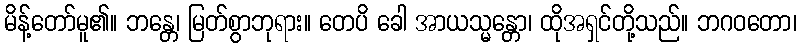
မိန့်တော်မူ၏။ ဘန္တေ၊ မြတ်စွာဘုရား။ တေပိ ခေါ အာယသ္မန္တော၊ ထိုအရှင်တို့သည်။ ဘဂဝတော၊